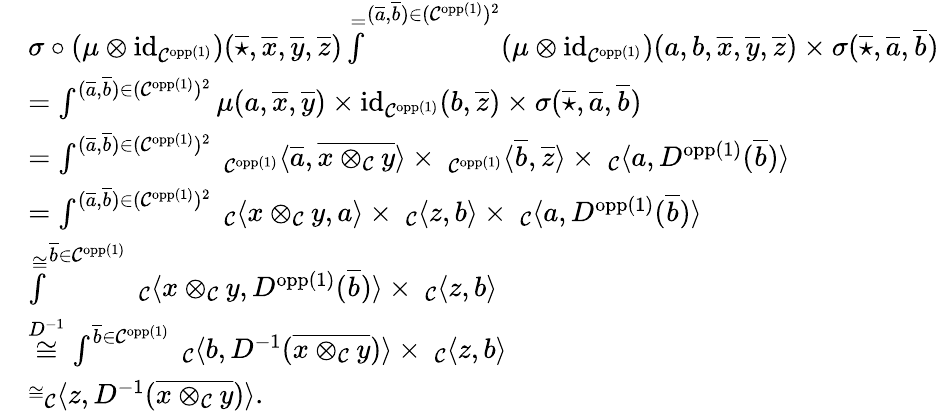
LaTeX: \begin{array}{rl}&{\sigma\circ(\mu\otimes\textnormal{id}_{\mathcal{C}^{\textnormal{opp}(1)}})(\overline{{\star}},\overline{{x}},\overline{{y}},\overline{{z}})\overset{=}\int^{(\overline{{a}},\overline{{b}})\in(\mathcal{C}^{\textnormal{opp}(1)})^{2}}(\mu\otimes\textnormal{id}_{\mathcal{C}^{\textnormal{opp}(1)}})(a,b,\overline{{x}},\overline{{y}},\overline{{z}})\times\sigma(\overline{{\star}},\overline{{a}},\overline{{b}})}\\ &{=\int^{(\overline{{a}},\overline{{b}})\in(\mathcal{C}^{\textnormal{opp}(1)})^{2}}\mu(a,\overline{{x}},\overline{{y}})\times\textnormal{id}_{\mathcal{C}^{\textnormal{opp}(1)}}(b,\overline{{z}})\times\sigma(\overline{{\star}},\overline{{a}},\overline{{b}})}\\ &{=\int^{(\overline{{a}},\overline{{b}})\in(\mathcal{C}^{\textnormal{opp}(1)})^{2}}\ _{\mathcal{C}^{\textnormal{opp}(1)}}\langle\overline{{a}},\overline{{x\otimes_{\mathcal{C}}y}}\rangle\times\ _{\mathcal{C}^{\textnormal{opp}(1)}}\langle\overline{{b}},\overline{{z}}\rangle\times\ _{\mathcal{C}}\langle a,D^{\textnormal{opp}(1)}(\overline{{b}})\rangle}\\ &{=\int^{(\overline{{a}},\overline{{b}})\in(\mathcal{C}^{\textnormal{opp}(1)})^{2}}\ _{\mathcal{C}}\langle x\otimes_{\mathcal{C}}y,a\rangle\times\ _{\mathcal{C}}\langle z,b\rangle\times\ _{\mathcal{C}}\langle a,D^{\textnormal{opp}(1)}(\overline{{b}})\rangle}\\ &{\overset{\cong}\int^{\overline{{b}}\in\mathcal{C}^{\textnormal{opp}(1)}}\ _{\mathcal{C}}\langle x\otimes_{\mathcal{C}}y,D^{\textnormal{opp}(1)}(\overline{{b}})\rangle\times\ _{\mathcal{C}}\langle z,b\rangle}\\ &{\overset{D^{-1}}{\cong}\int^{\overline{{b}}\in\mathcal{C}^{\textnormal{opp}(1)}}\ _{\mathcal{C}}\langle b,D^{-1}(\overline{{x\otimes_{\mathcal{C}}y}})\rangle\times\ _{\mathcal{C}}\langle z,b\rangle}\\ &{\overset{\cong}\ _{\mathcal{C}}\langle z,D^{-1}(\overline{{x\otimes_{\mathcal{C}}y}})\rangle.}\end{array}